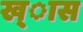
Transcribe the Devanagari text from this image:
ख्ास